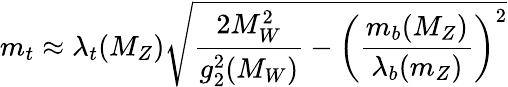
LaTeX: m_{t}\approx\lambda_{t}(M_{Z})\sqrt{{\frac{2M_{W}^{2}}{g_{2}^{2}(M_{W})}}-\left({\frac{m_{b}(M_{Z})}{\lambda_{b}(m_{Z})}}\right)^{2}}